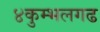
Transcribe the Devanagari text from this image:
४कुम्भलगढ